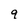
Character: q